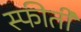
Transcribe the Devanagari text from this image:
स्फीर्ती